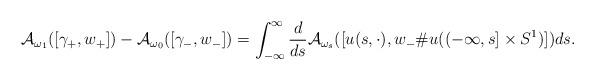
LaTeX: \begin{align*} \mathcal A_{\omega_1}([\gamma_+,w_+]) - \mathcal A_{\omega_0}([\gamma_-,w_-]) & = \int_{-\infty}^{\infty} \frac{d}{ds} \mathcal A_{\omega_s} ([u(s, \cdot), w_- \# u((-\infty, s] \times S^1)]) ds. \end{align*}